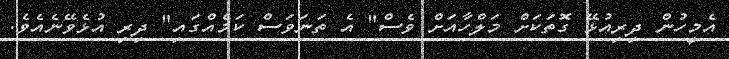
އެމީހުން ދިރިއުޅޭ ގޮތަކަށް މަލްހާއަށް ވެސް" އެ ތަނަވަސް ކަމެއްގައި" ދިރި އުޅެވޭނެއެވެ.